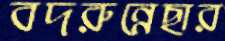
বদরুন্নেছার